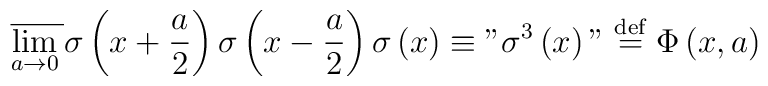
\overline{\lim_{a\rightarrow 0}{}}\sigma\left( x+{a \over 2}\right)\sigma\left( x-{a \over 2} \right)\sigma\left( x\right)\equiv"\sigma^{3}\left( x \right)"\stackrel{\rm def}{=}\Phi\left( x,a\right)